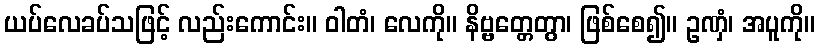
ယပ်လေခပ်သဖြင့် လည်းကောင်း။ ဝါတံ၊ လေကို။ နိဗ္ဗတ္တေတွာ၊ ဖြစ်စေ၍။ ဥဏှံ၊ အပူကို။